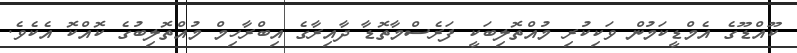
ކޫއްޑޫގެ އެމްޑީކަމުން ވަކިކުރި މުއްތޮލިބަކީ ފަރެސްމާތޮޑާ ދާއިރާގެ އިބްރާހިމް މުއްތޮލިބުގެ ކޮއްކޮ އެކެވެ.